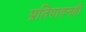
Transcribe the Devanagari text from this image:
प्रतिपादनही